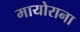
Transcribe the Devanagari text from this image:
मायोराना